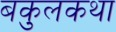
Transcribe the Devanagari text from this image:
बकुलकथा